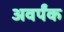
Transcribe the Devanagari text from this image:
अवर्पंक